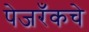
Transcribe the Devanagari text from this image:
पेजरँकचे